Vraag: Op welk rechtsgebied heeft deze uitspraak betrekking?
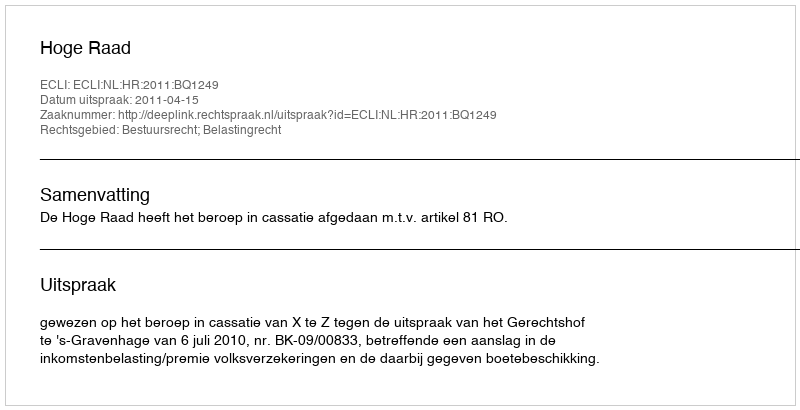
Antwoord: Bestuursrecht; Belastingrecht